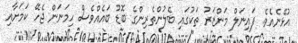
އުޅޭނެއެވެ. ފައިނަލް މަންޒަރު ތަކުގައި ބެލުންތެރިންގެ ބޮޑު ބައެއްވެސް ހިމަނަން ޖެހޭ ކަމަށާއި